Investigations on Bengal jail dietaries - Number 37
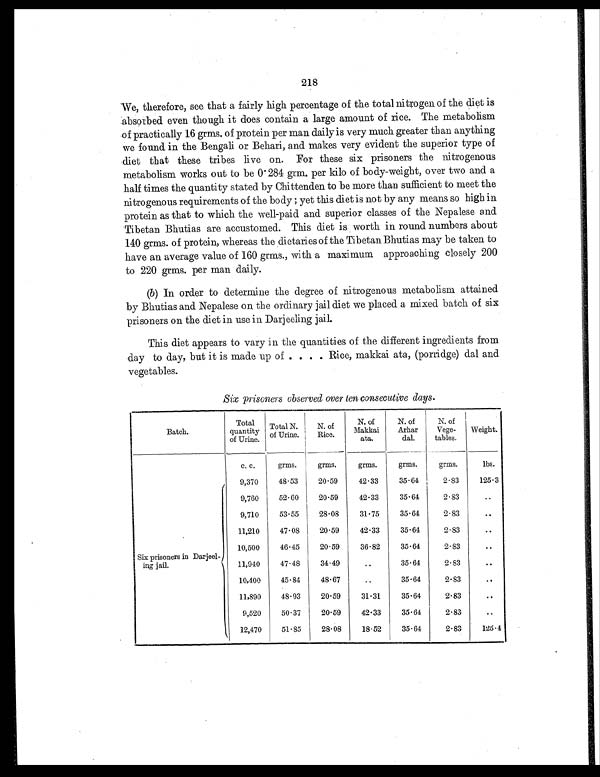
218
We, therefore, see that a fairly high percentage of the total nitrogen of the diet is
absorbed even though it does contain a large amount of rice. The metabolism
of practically 16 grms. of protein per man daily is very much greater than anything
we found in the Bengali or Behari, and makes very evident the superior type of
diet that these tribes live on. For these six prisoners the nitrogenous
metabolism works out to be 0.284 grm. per kilo of body-weight, over two and a
half times the quantity stated by Chittenden to be more than sufficient to meet the
nitrogenous requirements of the body; yet this diet is not by any means so high in
protein as that to which the well-paid and superior classes of the Nepalese and
Tibetan Bhutias are accustomed. This diet is worth in round numbers about
140 grms. of protein, whereas the dietaries of the Tibetan Bhutias may be taken to
have an average value of 160 grms., with a maximum approaching closely 200
to 220 grms. per man daily.
(b) In order to determine the degree of nitrogenous metabolism attained
by Bhutias and Nepalese on the ordinary jail diet we placed a mixed batch of six
prisoners on the diet in use in Darjeeling jail.
This diet appears to vary in the quantities of the different ingredients from
day to day, but it is made up of . . . . Rice, makkai ata, (porridge) dal and
vegetables.
Six prisoners observed over ten consecutive days.
Batch.
Total
quantity
of Urine.
Total N.
of Urine.
N. of
Rice.
N. of
Makkai
ata.
N. of
Arhar
dal.
N. of
Vege-
tables.
Weight.
c. c.
grms.
grms.
grms.
grms.
grms.
lbs.
Six prisoners in Darjeel-
ing jail.
9,370
48.53
20.59
42.33
35.64
2.83
125.3
9,760
52.60
20.59
42.33
35.64
2.83
..
9,710
53.55
28.08
31.75
35.64
2.83
. .
11,210
47.08
20.59
42.33
35.64
2.83
..
10,500
46.45
20.59
36.82
35.64
2.83
. .
11,940
47.48
34.49
..
35.64
2.83
. .
10,400
45.84
48.67
..
35.64
2.83
. .
11,890
48.93
20.59
31.31
35.64
2.83
..
9,520
50.37
20.59
42.33
35.64
2.83
..
12,470
51.85
28.08
18.52
35.64
2.83
125.4